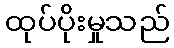
ထုပ်ပိုးမှုသည်